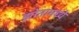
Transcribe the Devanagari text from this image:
झोतामध्ये